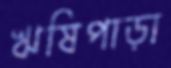
ঋষিপাড়া